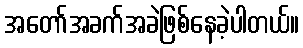
အတော်အခက်အခဲဖြစ်နေခဲ့ပါတယ်။